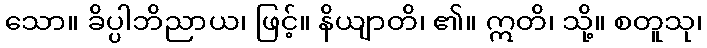
သော။ ခိပ္ပါဘိညာယ၊ ဖြင့်။ နိယျာတိ၊ ၏။ ဣတိ၊ သို့။ စတူသု၊